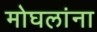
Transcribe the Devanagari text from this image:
मोघलांना